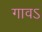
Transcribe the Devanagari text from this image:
गावऽ